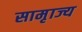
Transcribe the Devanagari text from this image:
सामृाज्य